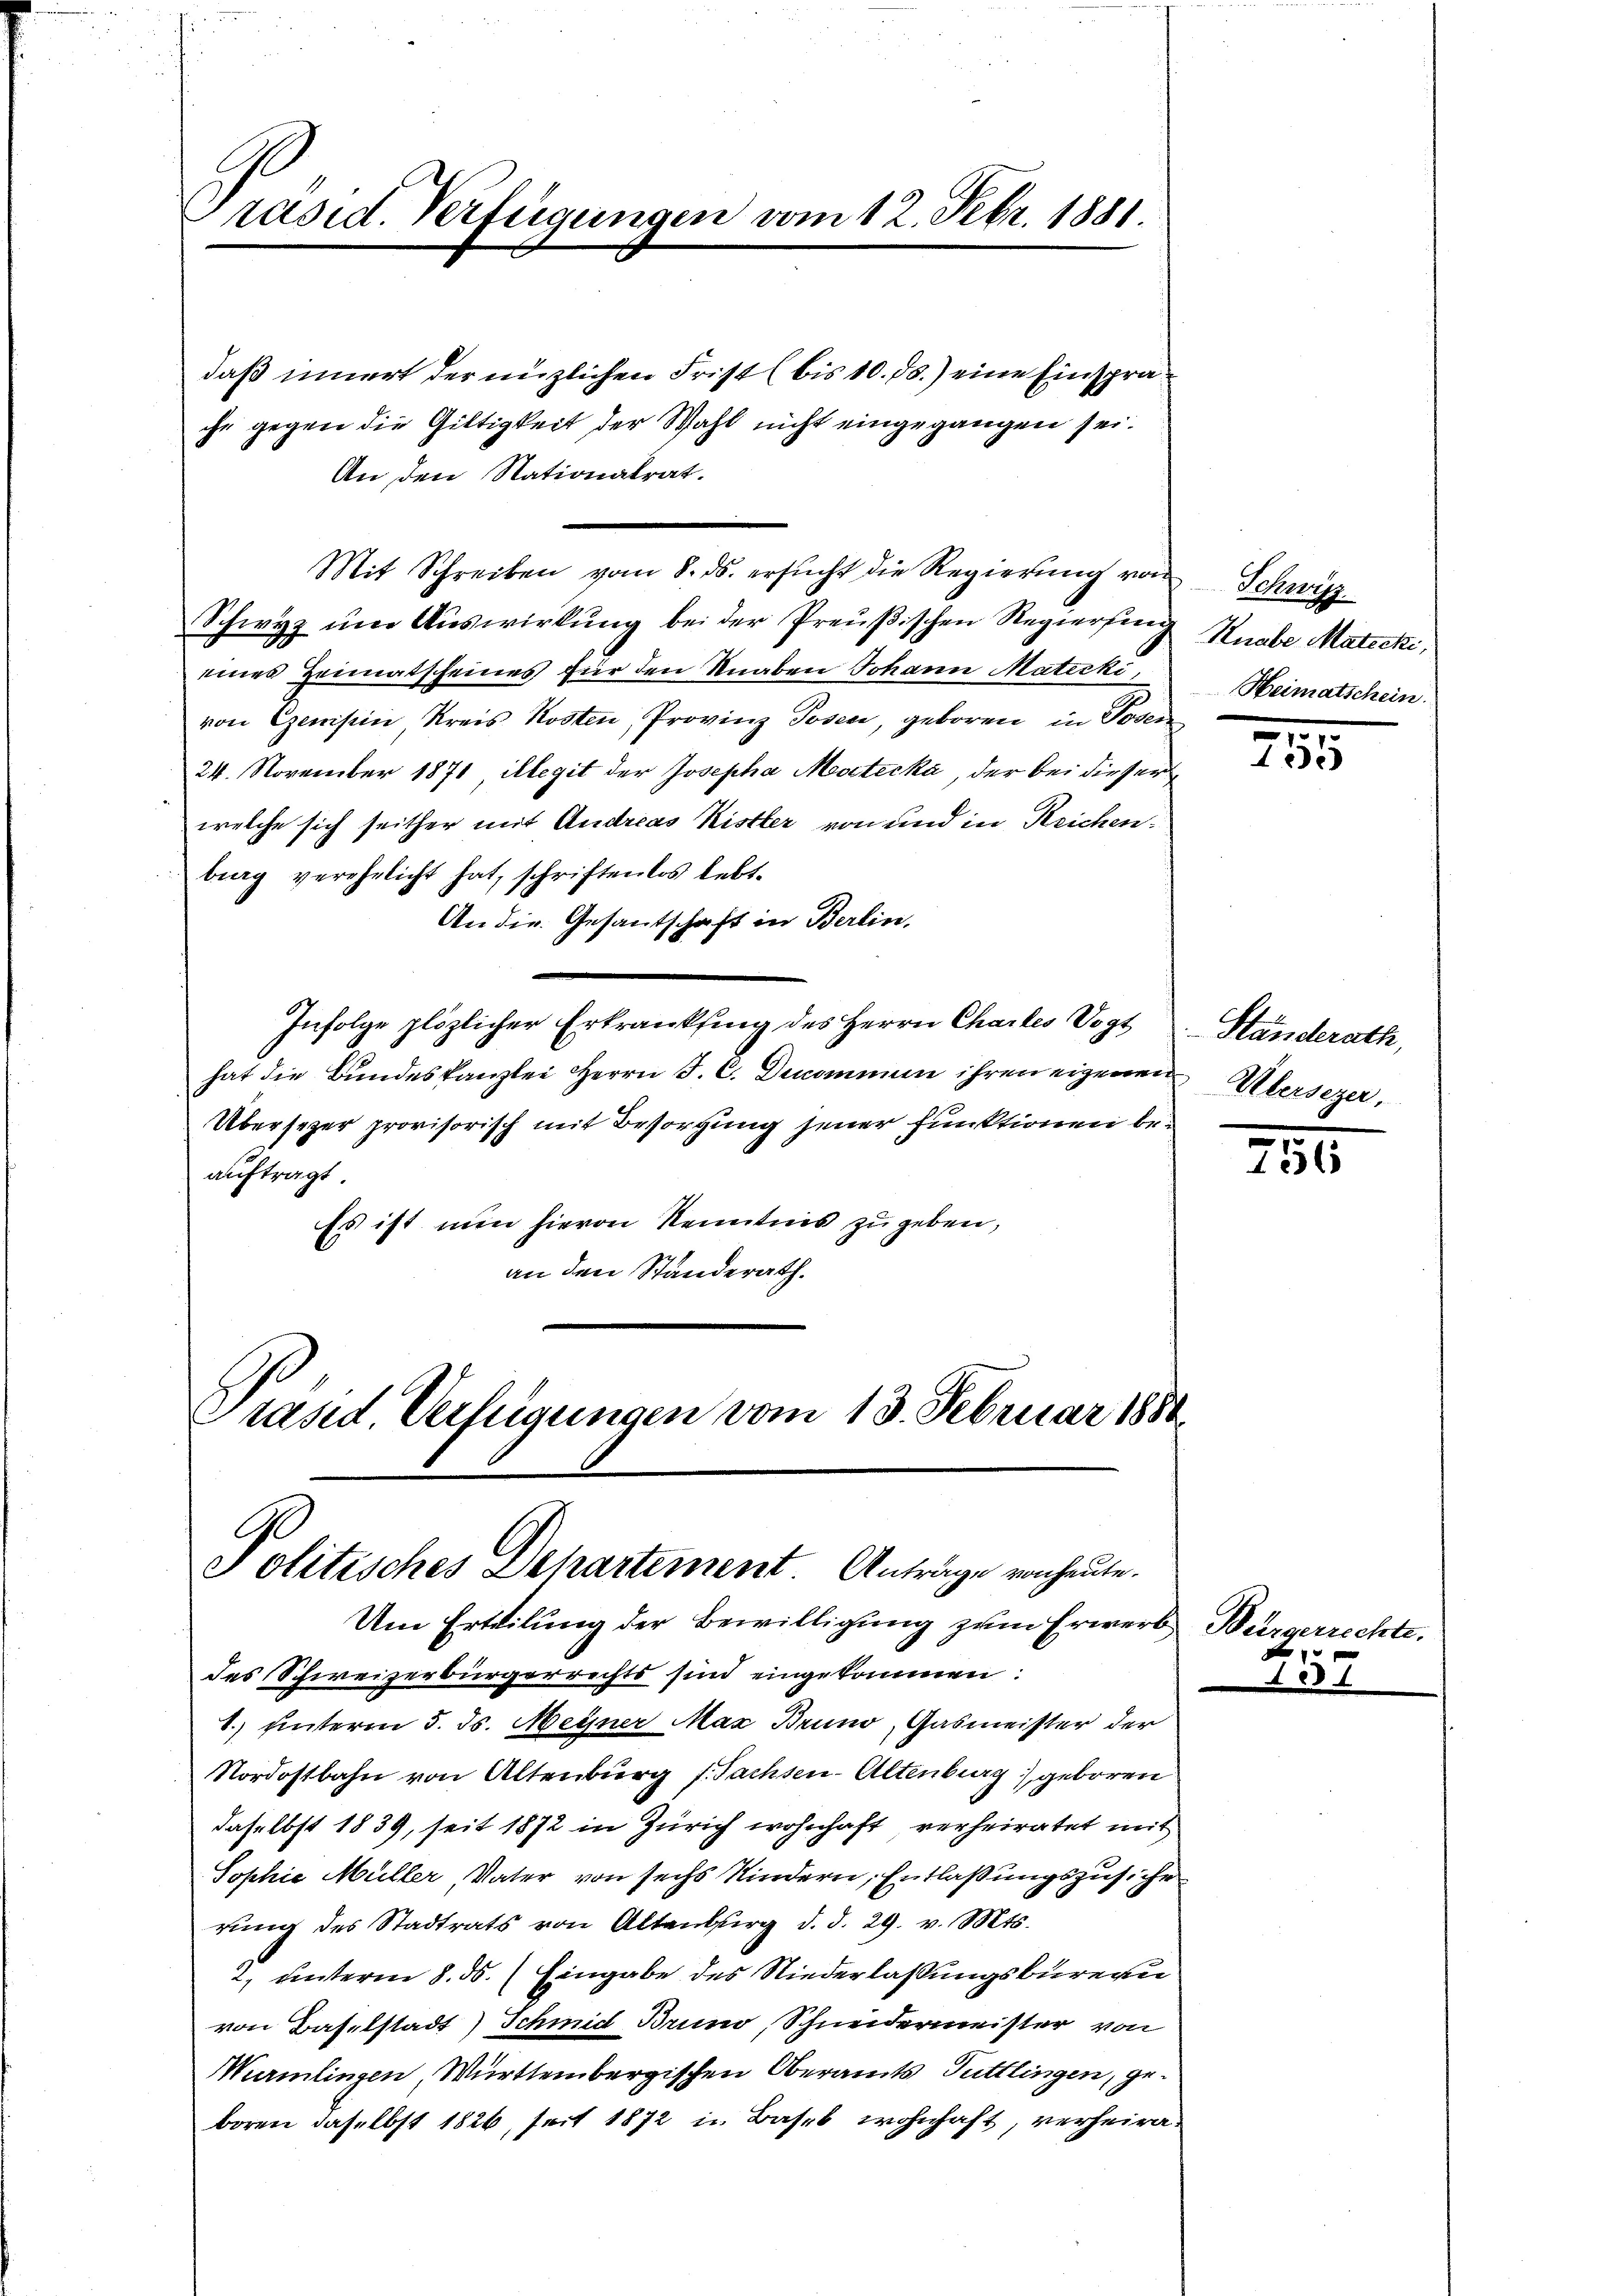
Präsid. Verfügungen vom 12. Febr. 1881.

daß innert der nüzlichen Frist (bis 10. ds.) eine Einsprache gegen die Gültigkeit der Wahl nicht eingegangen sei.
An den Nationalrat.
Mit Schreiben vom 8. ds. ersŭcht die Regierŭng von Schwitz
Schwyz um Auswirkung bei der Preußischen Regierung
eines Heimatscheines für den Knaben Johann Materki,
von Exemissin, Kreis Kosten, Provinz Posen, geboren, in Toden
24. November 1871 illegit der Josepha Mostecka, der bei dieser
welche sich seither mit Andreas Ristler von und in Reichen.
burg verehelicht hat, schriftenlos lebt.
An die Gesantschaft in Berlin.
Infolge plözlicher Erkrankfing des Herrn Chartes Vogt
hat die Bundeskanzlei Herrn J. C. Denommen ihren eigenen Übersezer,
Übersezer provisorisch mit Besorgung jener funktionen beauftragt
Es ist nun hievon Kenntnis zu geben,
an den Standerath.
Präsid. Verfügungen vom 13. Februar 1880

Politisches Departement Anträge von heute.
Um Erteilung der Bewilligung zum Erwerb Bürgerrechte.

des Schweizerbürgerrechts sind eingekommen:
1. unterm 5. ds. Meyner Max Bruno, Gasmeister der
Nordostbahn von Altenburg (Sachsen-Altenburg) geboren
daselbst 1839, seit 1872 in Zürich wohnhaft verheiratet mit
Sophie Müller, Vater von sechs Kindern Entlaßungszusiche
rŭng des Stadtrats von Altenburg d. d. 29. v. Mts.
2. unterm 8. ds. (Eingabe des Niederlassungsbureau
von Baselstadt) Schmid Bruno, Schneidermeister von
Würmlingen, Württembergischen Oberamts Tuttlingen, geboren daselbst 1826, seit 1872 in Basel wohnhaft, verheira¬

Knabe Matecki,
Heimatschein

1
12)

Ständerath,

236

f 0 x